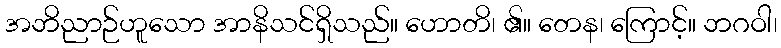
အဘိညာဉ်ဟူသော အာနိသင်ရှိသည်။ ဟောတိ၊ ၏။ တေန၊ ကြောင့်။ ဘဂဝါ၊